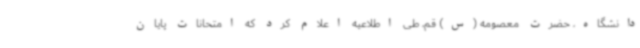
دانشگاه، حضرت معصومه (س) قم، طی اطلاعیه اعلام کرد که امتحانات پایان